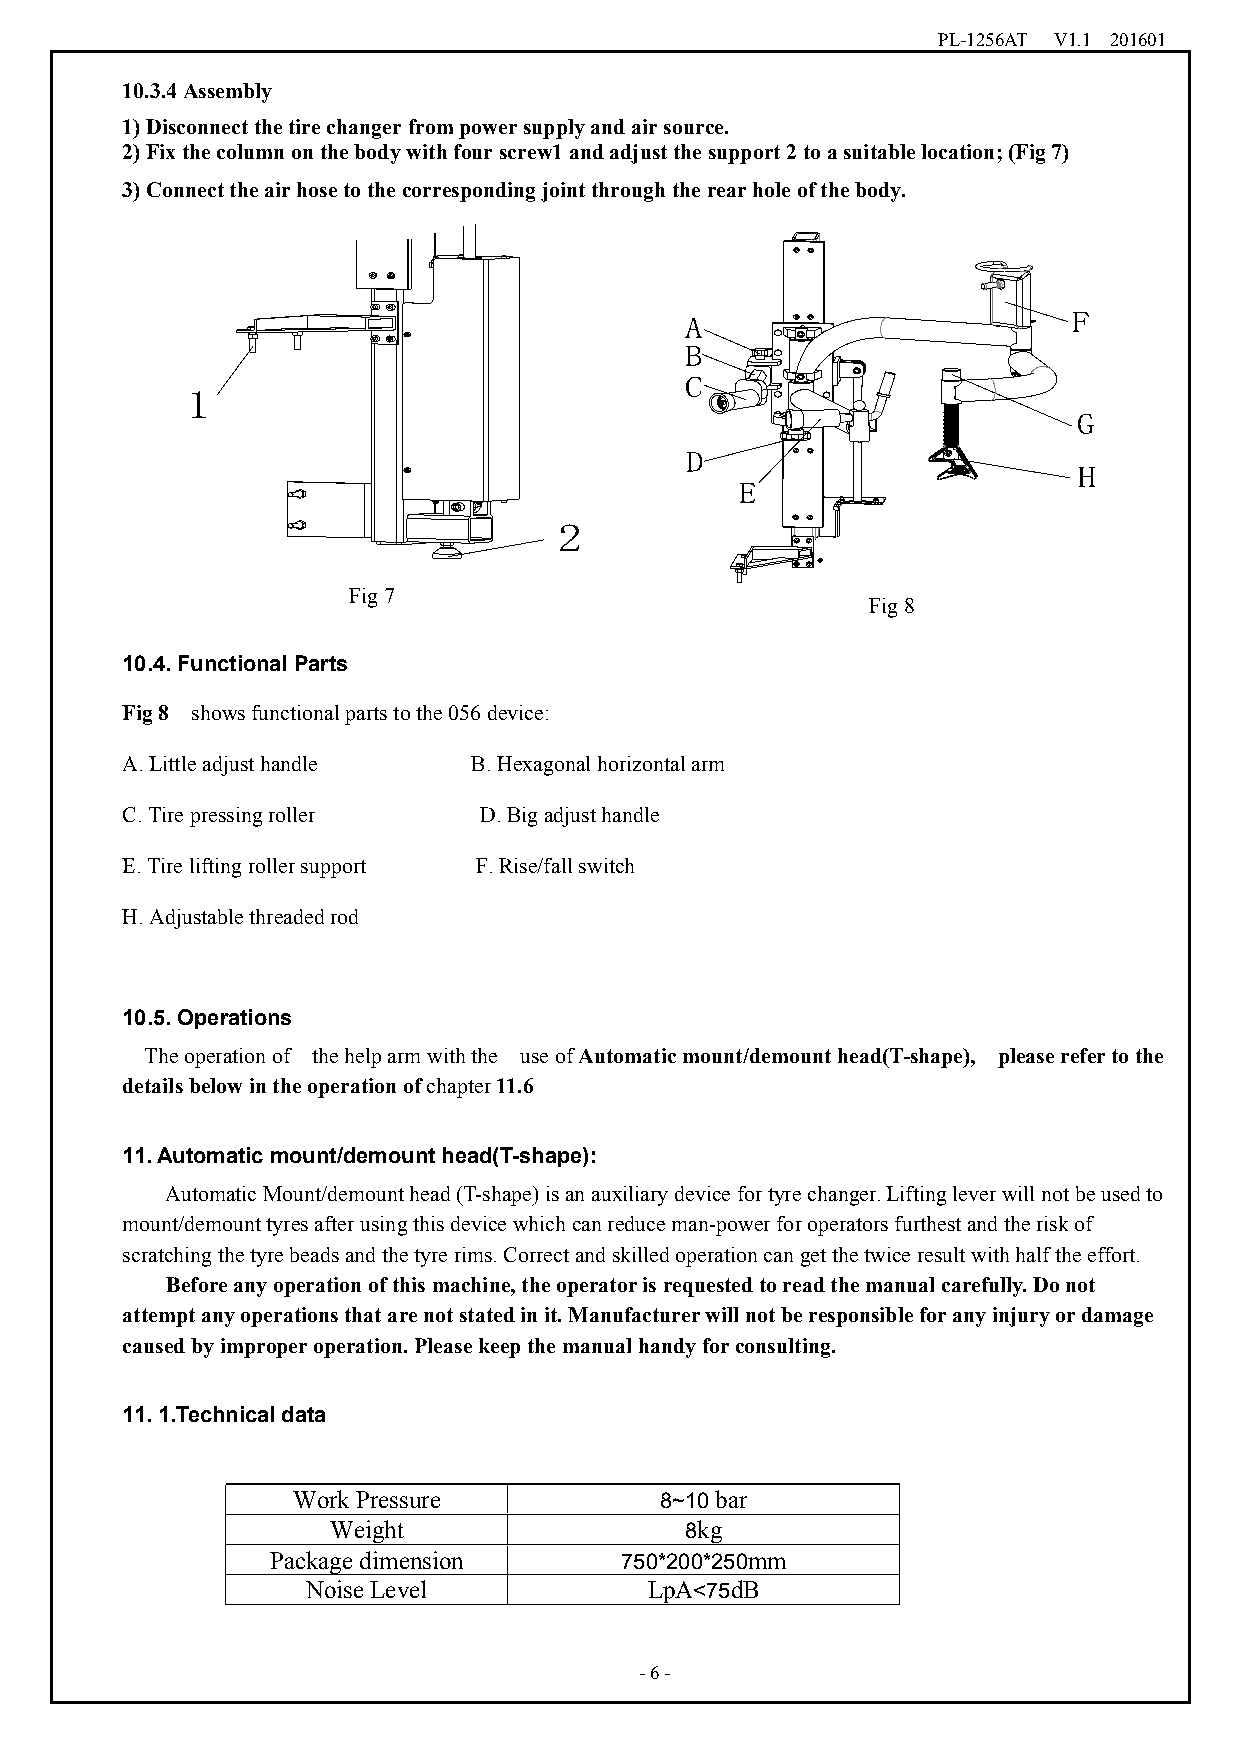
PL-1256AT V1.1 201601
 10.3.4Assembly
 1)Disconnectthetirechangerfrompowersupplyandairsource.
 2)Fixthecolumnonthebodywithfourscrew1andadjustthesupport2toasuitablelocation;(Fig7)
 3)Connecttheairhosetothecorrespondingjointthroughtherearholeofthebody.
 A                         F
 B
 C
 1
 G
 D
 H
 E
 2
 Fig7
 Fig8
 10.4. Functional Parts
 Fig8 showsfunctionalpartstothe056device:
 A.Littleadjusthandle   B.Hexagonalhorizontalarm
 C.Tirepressingroller    D.Bigadjusthandle
 E.Tireliftingrollersupport F.Rise/fallswitch
 H.Adjustablethreadedrod
 10.5.Operations
 Theoperationof thehelparmwiththe useofAutomaticmount/demounthead(T-shape), pleaserefertothe
 detailsbelowintheoperationofchapter11.6
 11.Automatic mount/demount head(T-shape):
 AutomaticMount/demounthead(T-shape)isanauxiliarydevicefortyrechanger.Liftingleverwillnotbeusedto
 mount/demounttyresafterusingthisdevicewhichcanreduceman-powerforoperatorsfurthestandtheriskof
 scratchingthetyrebeadsandthetyrerims.Correctandskilledoperationcangetthetwiceresultwithhalftheeffort.
 Beforeanyoperationofthismachine,theoperatorisrequestedtoreadthemanualcarefully.Donot
 attemptanyoperationsthatarenotstatedinit.Manufacturerwillnotberesponsibleforanyinjuryordamage
 causedbyimproperoperation.Pleasekeepthemanualhandyforconsulting.
 11.1.Technical data
 WorkPressure             8~10bar
 Weight                 8kg
 Package dimension      750*200*250mm
 NoiseLevel             LpA<75dB
 -6-